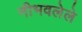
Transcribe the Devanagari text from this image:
नीभवलेले